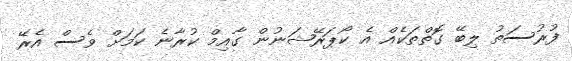
ފުރުސަތު ލިބޭ ގޮތްތަކެއް އެ ކޯޕަރޭޝަނުން ގާއިމް ކުރާނެ ކަމަށް ވެސް އެރޭ